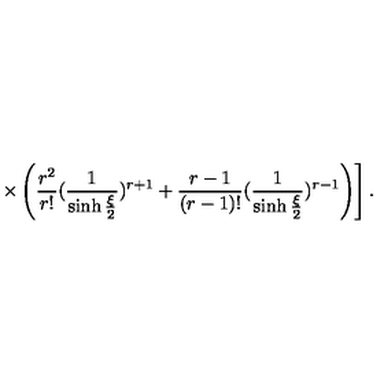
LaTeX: \left. \times \left( \frac { r ^ { 2 } } { r ! } ( \frac { 1 } { \sinh { \frac { \xi } { 2 } } } ) ^ { r + 1 } + \frac { r - 1 } { ( r - 1 ) ! } ( \frac { 1 } { \sinh { \frac { \xi } { 2 } } } ) ^ { r - 1 } \right) \right] .